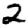
Digit: 2